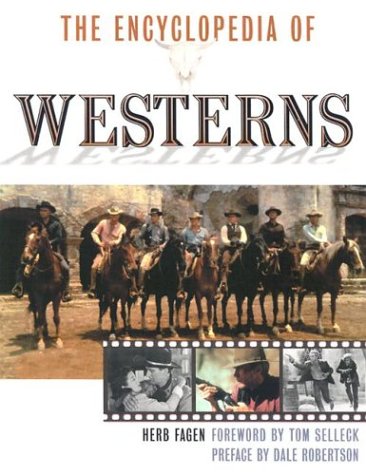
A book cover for The Encyclopedia of Westerns (The Facts on File Film Reference Library); Herb Fagen; Humor & Entertainment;